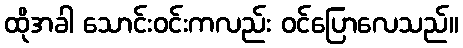
ထိုအခါ သောင်းဝင်းကလည်း ဝင်ပြောလေသည်။